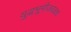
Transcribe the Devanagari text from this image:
युद्धभूमीजवळच